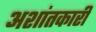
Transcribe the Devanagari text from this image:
अशांतकारी